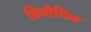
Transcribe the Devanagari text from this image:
बिचोमिम